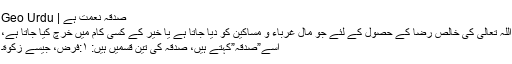
صدقہ نعمت ہے | Geo Urdu
اللہ تعالیٰ کی خالص رضا کے حصول کے لئے جو مال غرباء و مساکین کو دیا جاتا ہے یا خیر کے کسی کام میں خرچ کیا جاتا ہے،
اسے”صدقہ”کہتے ہیں، صدقہ کی تین قسمیں ہیں: ١:فرض، جیسے زکوٰة۔